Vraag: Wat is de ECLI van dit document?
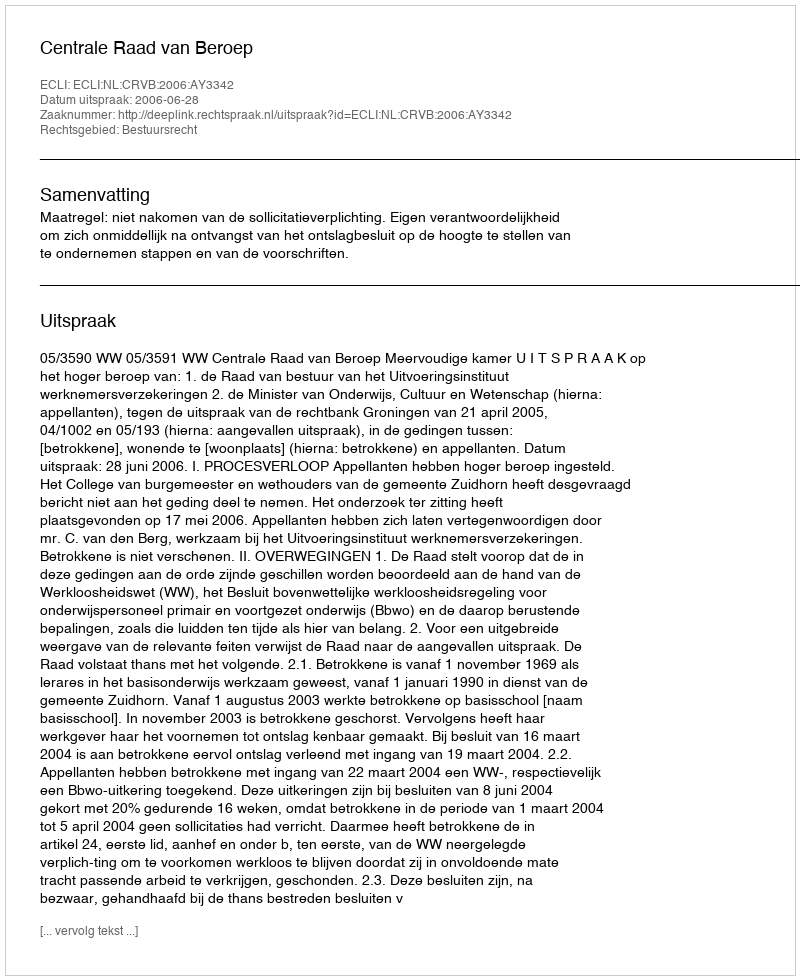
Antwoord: ECLI:NL:CRVB:2006:AY3342